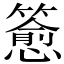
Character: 𬕷